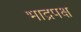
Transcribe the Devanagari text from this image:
भाद्रपक्ष